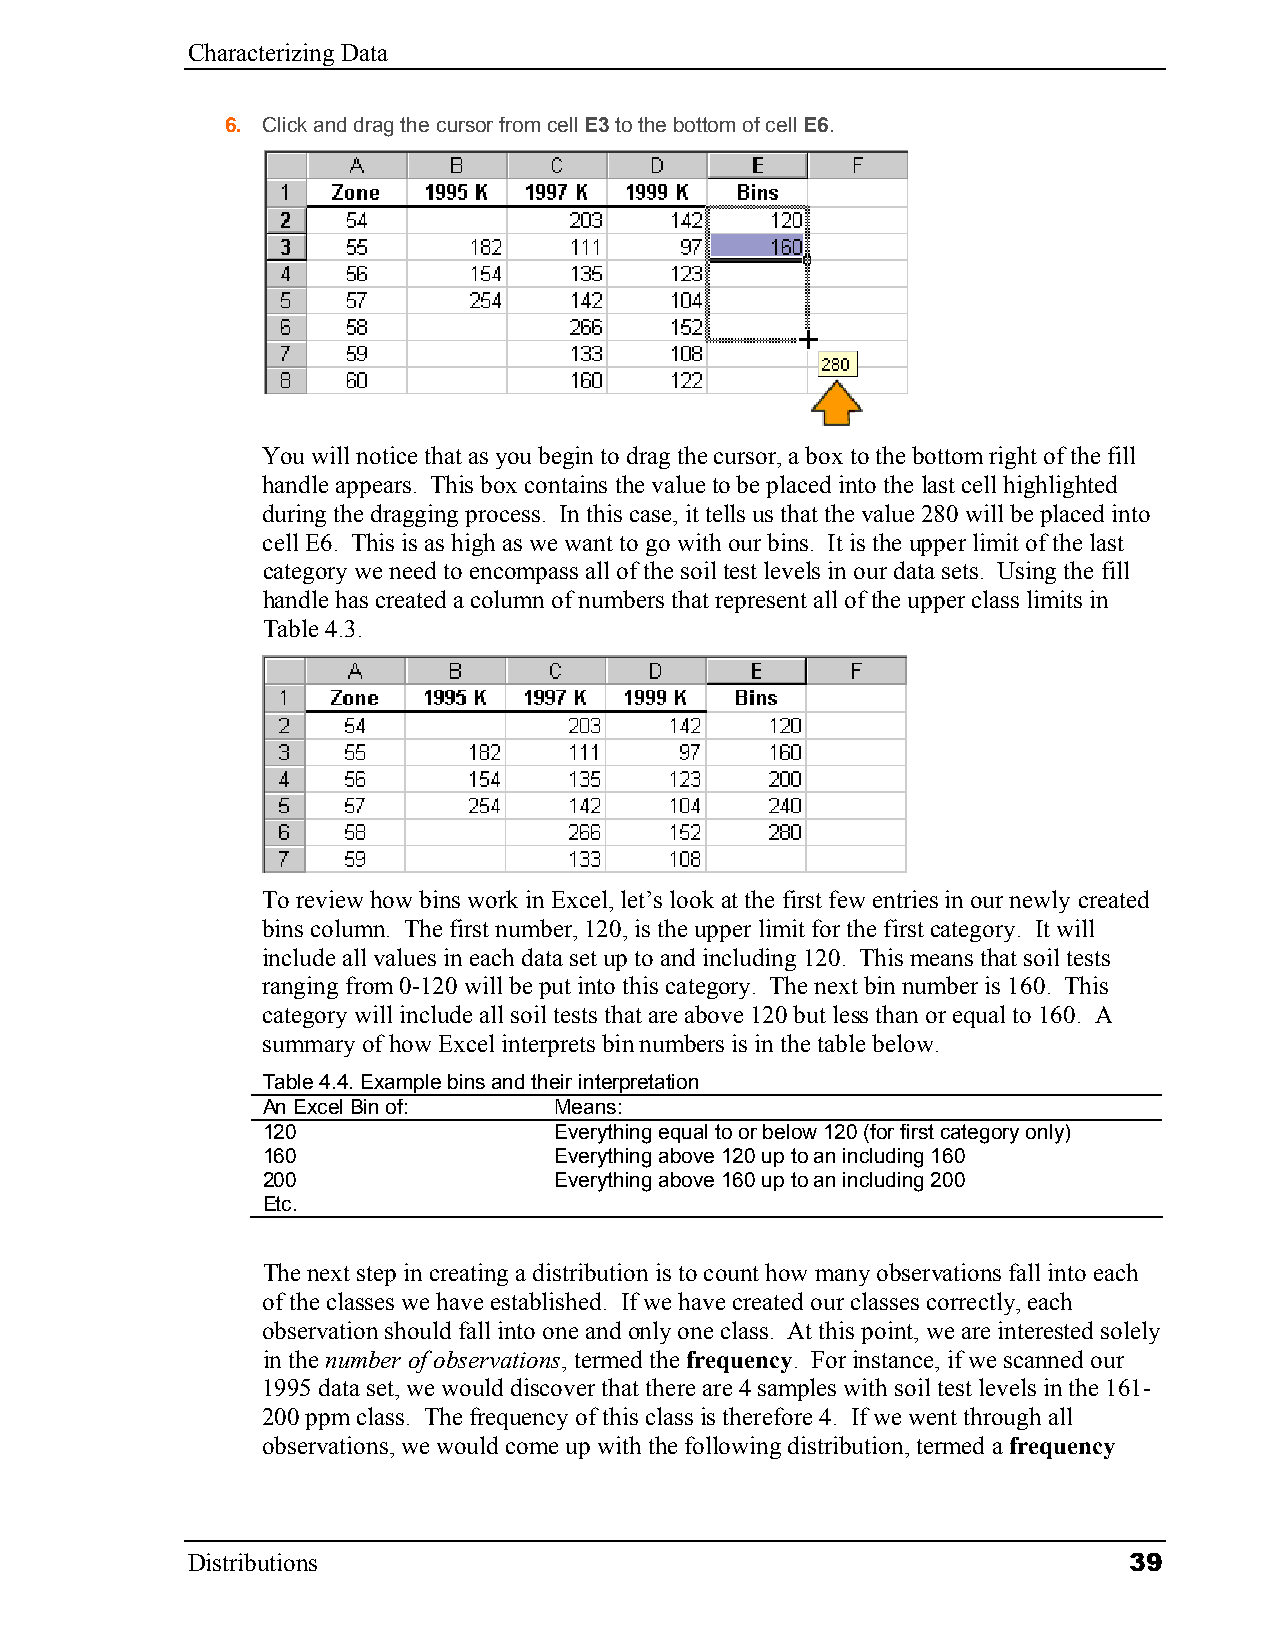
Characterizing Data
 6. Click and drag the cursor from cell E3 to the bottom of cell E6.
 You will notice that as you begin to drag the cursor, a box to the bottom right of the fill
 handle appears. This box contains the value to be placed into the last cell highlighted
 during the dragging process. In this case, it tells us that the value 280 will be placed into
 cell E6. This is as high as we want to go with our bins. It is the upper limit of the last
 category we need to encompass all of the soil test levels in our data sets. Using the fill
 handle has created a column of numbers that represent all of the upper class limits in
 Table 4.3.
 To review how bins work in Excel, let’s look at the first few entries in our newly created
 bins column. The first number, 120, is the upper limit for the first category. It will
 include all values in each data set up to and including 120. This means that soil tests
 ranging from 0-120 will be put into this category. The next bin number is 160. This
 category will include all soil tests that are above 120 but less than or equal to 160. A
 summary of how Excel interprets bin numbers is in the table below.
 Table 4.4. Example bins and their interpretation
 An Excel Bin of:    Means:
 120                 Everything equal to or below 120 (for first category only)
 160                 Everything above 120 up to an including 160
 200                 Everything above 160 up to an including 200
 Etc.
 The next step in creating a distribution is to count how many observations fall into each
 of the classes we have established. If we have created our classes correctly, each
 observation should fall into one and only one class. At this point, we are interested solely
 in the number of observations, termed the frequency. For instance, if we scanned our
 1995 data set, we would discover that there are 4 samples with soil test levels in the 161-
 200 ppm class. The frequency of this class is therefore 4. If we went through all
 observations, we would come up with the following distribution, termed a frequency
 Distributions                                                  39